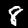
Label: 8